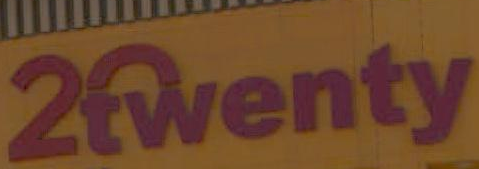
2enty